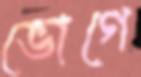
ভোগে